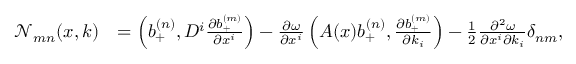
\begin{array} { r l } { \ensuremath { \mathcal { N } } _ { m n } ( x , k ) } & { = \left( b _ { + } ^ { ( n ) } , D ^ { i } \frac { \partial b _ { + } ^ { ( m ) } } { \partial x ^ { i } } \right) - \frac { \partial \omega } { \partial x ^ { i } } \left( A ( x ) b _ { + } ^ { ( n ) } , \frac { \partial b _ { + } ^ { ( m ) } } { \partial k _ { i } } \right) - \frac { 1 } { 2 } \frac { \partial ^ { 2 } \omega } { \partial x ^ { i } \partial k _ { i } } \delta _ { n m } , } \end{array}